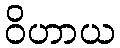
ဝိဟာယ